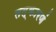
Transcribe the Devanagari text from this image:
तत्कारणं